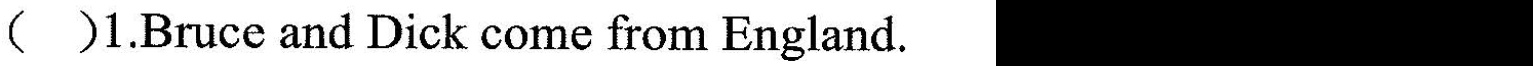
( ）1.Bruce and Dick come from England.